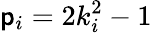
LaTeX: \mathsf{p}_{i}=2k_{i}^{2}-1